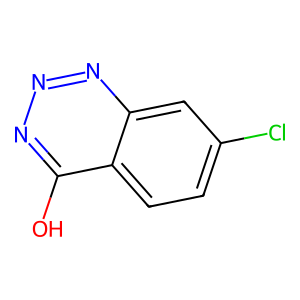
SMILES: Oc1nnnc2cc(Cl)ccc12
Inhibits HIV replication: No